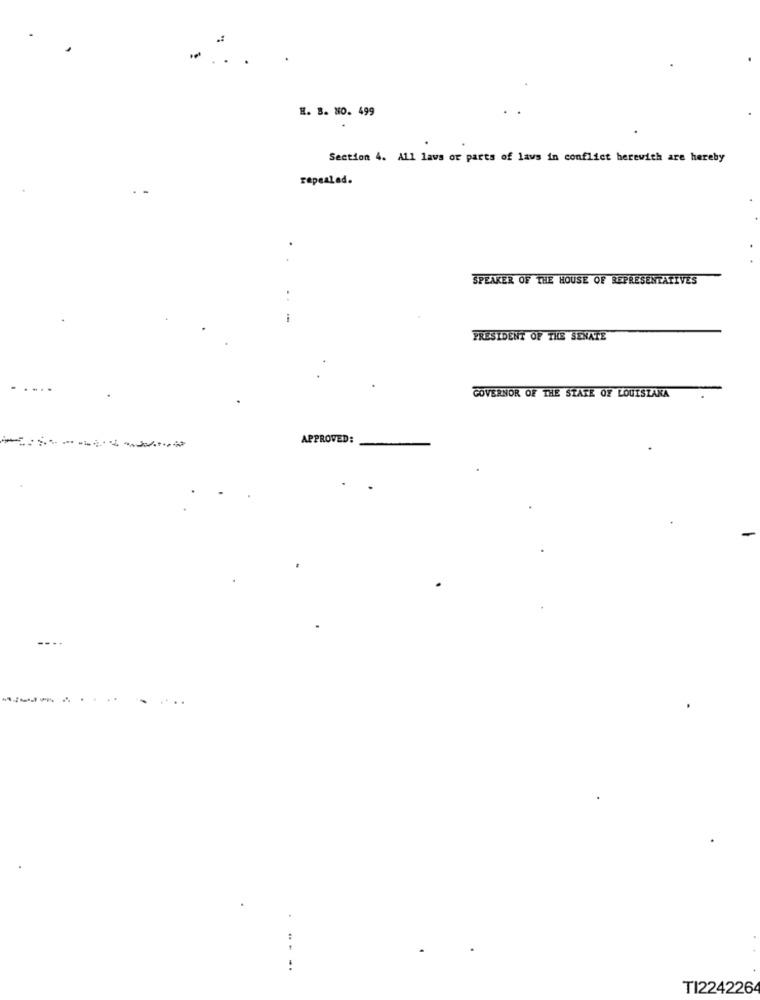
H. B. NO. 499
Section 4. All lavs or parts of laws in conflict herewith are hereby
repealed.
SPEAKER OF THE HOUSE OF REPRESENTATIVES
PRESIDENT OF THE SENATE
GOVERNOR OF THE STATE OF LOUISIANA
APPROVED:
----
..
....
TI224226